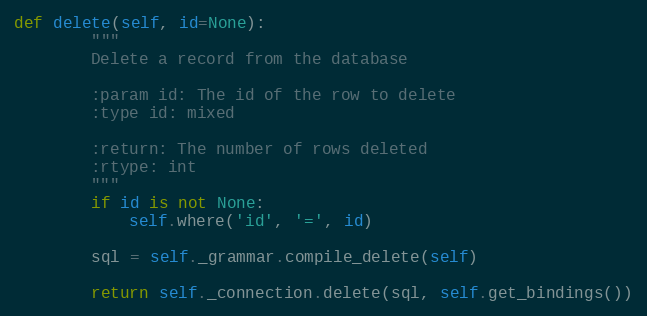
Language: Python
def delete(self, id=None):
        """
        Delete a record from the database

        :param id: The id of the row to delete
        :type id: mixed

        :return: The number of rows deleted
        :rtype: int
        """
        if id is not None:
            self.where('id', '=', id)

        sql = self._grammar.compile_delete(self)

        return self._connection.delete(sql, self.get_bindings())